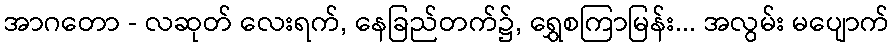
အာဂတော - လဆုတ် လေးရက်, နေခြည်တက်၌, ရွှေစကြာမြန်း... အလွမ်း မပျောက်